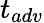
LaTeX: t_{adv}